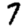
Digit: 7